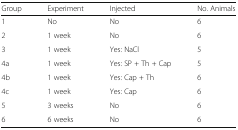
| Group | Experiment | Injected | No. Animals |
 | --- | --- | --- | --- |
 | 1 | No | No | 6 |
 | 2 | 1 week | No | 6 |
 | 3 | 1 week | Yes: NaCl | 5 |
 | 4a | 1 week | Yes: SP + Th + Cap | 5 |
 | 4b | 1 week | Yes: Cap + Th | 6 |
 | 4c | 1 week | Yes: Cap | 6 |
 | 5 | 3 weeks | No | 6 |
 | 6 | 6 weeks | No | 6 |